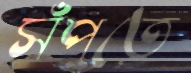
সঁপতে